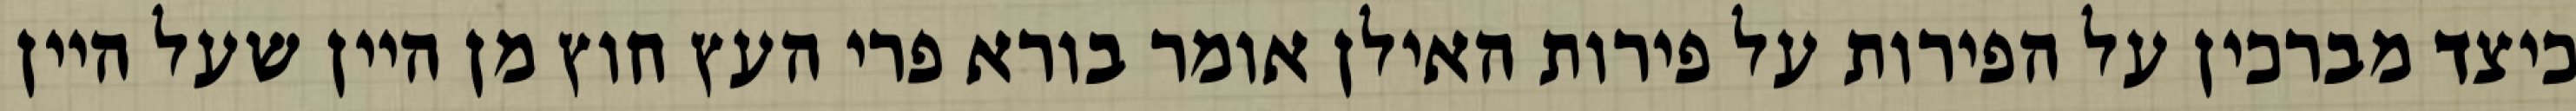
כיצד מברכין על הפירות על פירות האילן אומר בורא פרי העץ חוץ מן היין שעל היין